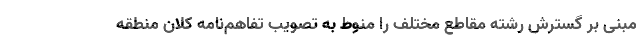
مبنی بر گسترش رشته مقاطع مختلف را منوط به تصویب تفاهم‌نامه کلان منطقه